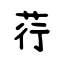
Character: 荇